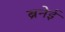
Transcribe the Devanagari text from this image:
ब्रनेई